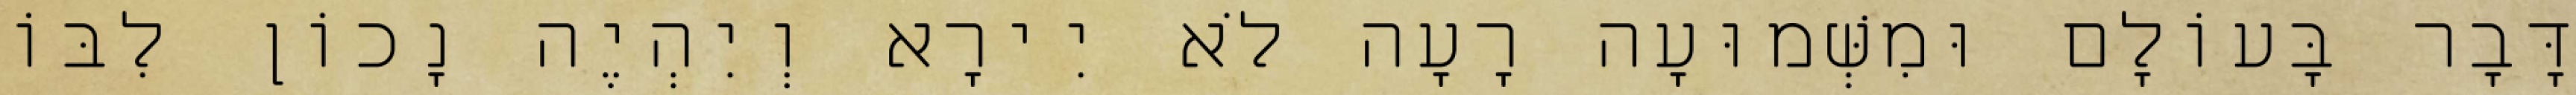
דָּבָר בָּעוֹלָם וּמִשְּׁמוּעָה רָעָה לֹא יִירָא וְיִהְיֶה נָכוֹן לִבּוֹ